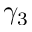
\gamma _ { 3 }